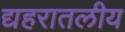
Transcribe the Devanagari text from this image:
द्यहरातलीय